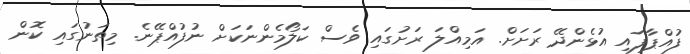
ފުއްޕާފައި އުޅެންދޭ ރަށަށް. އަމިއްލަ ރަށުގައި ވެސް ކަލޯމެންނަކަށް ނުފުއްޕޭނެ. މިތަނުގައި ކޮން